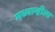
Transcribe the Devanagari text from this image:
मध्यान्हीला